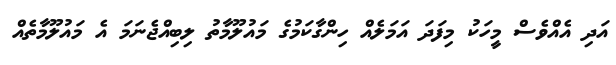
އަދި އެއްވެސް މީހަކު މިފަދަ އަމަލެއް ހިންގާކަމުގެ މައުލޫމާތު ލިބިއްޖެނަމަ އެ މައުލޫމާތެއް